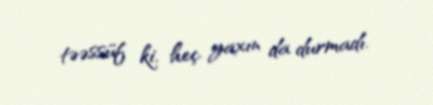
təəssüf ki, heç yaxın da durmadı.